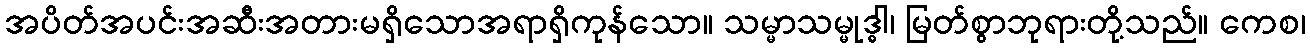
အပိတ်အပင်းအဆီးအတားမရှိသောအရာရှိကုန်သော။ သမ္မာသမ္မုဒ္ဓါ၊ မြတ်စွာဘုရားတို့သည်။ ကေစ၊